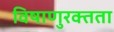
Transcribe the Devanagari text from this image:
विषाणुरक्तता